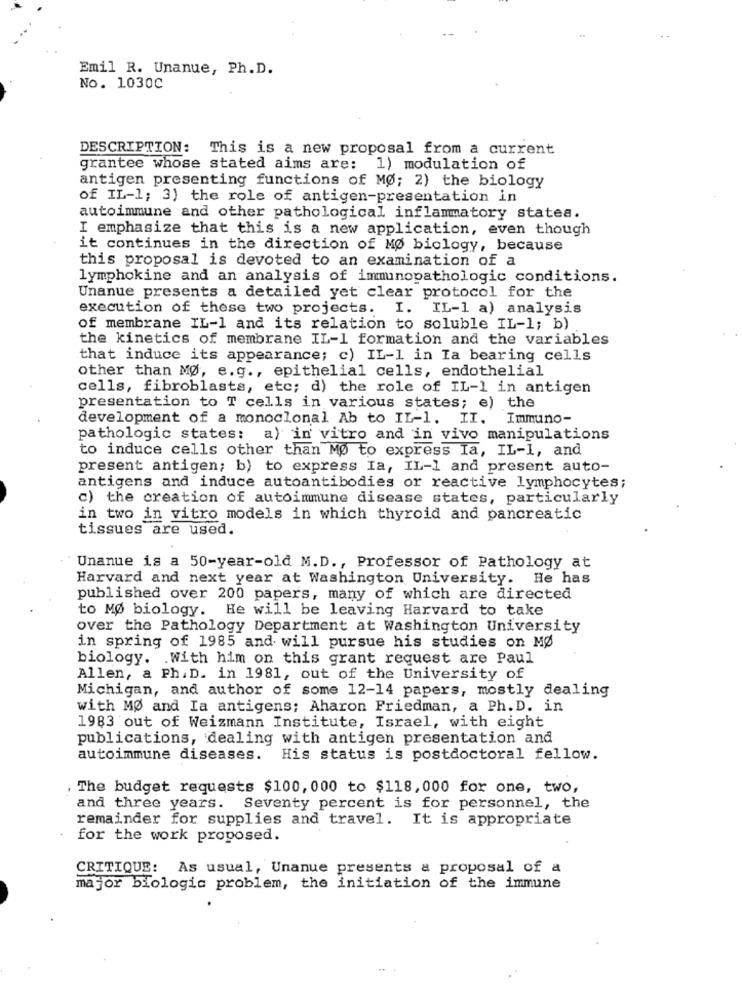
Emil R. Unanue, Ph.D.
No. 1030C
DESCRIPTION: This is a new proposal from a current
grantee whose stated aims are: 1) modulation of
antigen presenting functions of MØ; 2) the biology
of IL-1; 3) the role of antigen-presentation in
autoimmune and other pathological inflammatory states.
I emphasize that this is a new application, even though
it continues in the direction of MØ biology, because
this proposal is devoted to an examination of a
lymphokine and an analysis of immunopathologic conditions.
Unanue presents a detailed yet clear protocol for the
execution of these two projects. I. IL-1 a) analysis
of membrane IL-1 and its relation to soluble IL-1; b)
the kinetics of membrane IL-1 formation and the variables
that induce its appearance; c) IL-1 in Ia bearing cells
other than MØ, e.g ., epithelial cells, endothelial
cells, fibroblasts, etc; d) the role of IL-1 in antigen
presentation to T cells in various states; e) the
development of a monoclonal Ab to IL-1. II. Immuno-
pathologic states: a) in vitro and in vivo manipulations
to induce cells other than Mo to express Ia, IL-1, and
present antigen; b) to express Ia, IL-1 and present auto-
antigens and induce autoantibodies or reactive lymphocytes;
c) the creation of autoimmune disease states, particularly
in two in vitro models in which thyroid and pancreatic
tissues are used.
Unanue is a 50-year-old M.D ., Professor of Pathology at
Harvard and next year at Washington University. He has
published over 200 papers, many of which are directed
to MØ biology. He will be leaving Harvard to take
over the Pathology Department at Washington University
in spring of 1985 and will pursue his studies on MØ
biology. . With him on this grant request are Paul
Allen, a Ph.D. in 1981, out of the University of
Michigan, and author of some 12-14 papers, mostly dealing
with MØ and Ia antigens; Aharon Friedman, a Ph. D. in
1983 out of Weizmann Institute, Israel, with eight
publications, dealing with antigen presentation and
autoimmune diseases.
His status is postdoctoral fellow.
. The budget requests $100, 000 to $118,000 for one, two,
and three years. Seventy percent is for personnel, the
remainder for supplies and travel. It is appropriate
for the work proposed.
CRITIQUE: As usual, Unanue presents a proposal of a
major biologic problem, the initiation of the immune